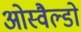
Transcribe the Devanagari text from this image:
ओस्वैल्डो